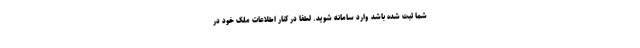
شما ثبت شده باشد وارد سامانه شوید. لطفا در کنار اطلاعات ملک خود در